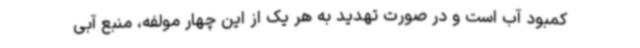
کمبود آب است و در صورت تهدید به هر یک از این چهار مولفه، منبع آبی